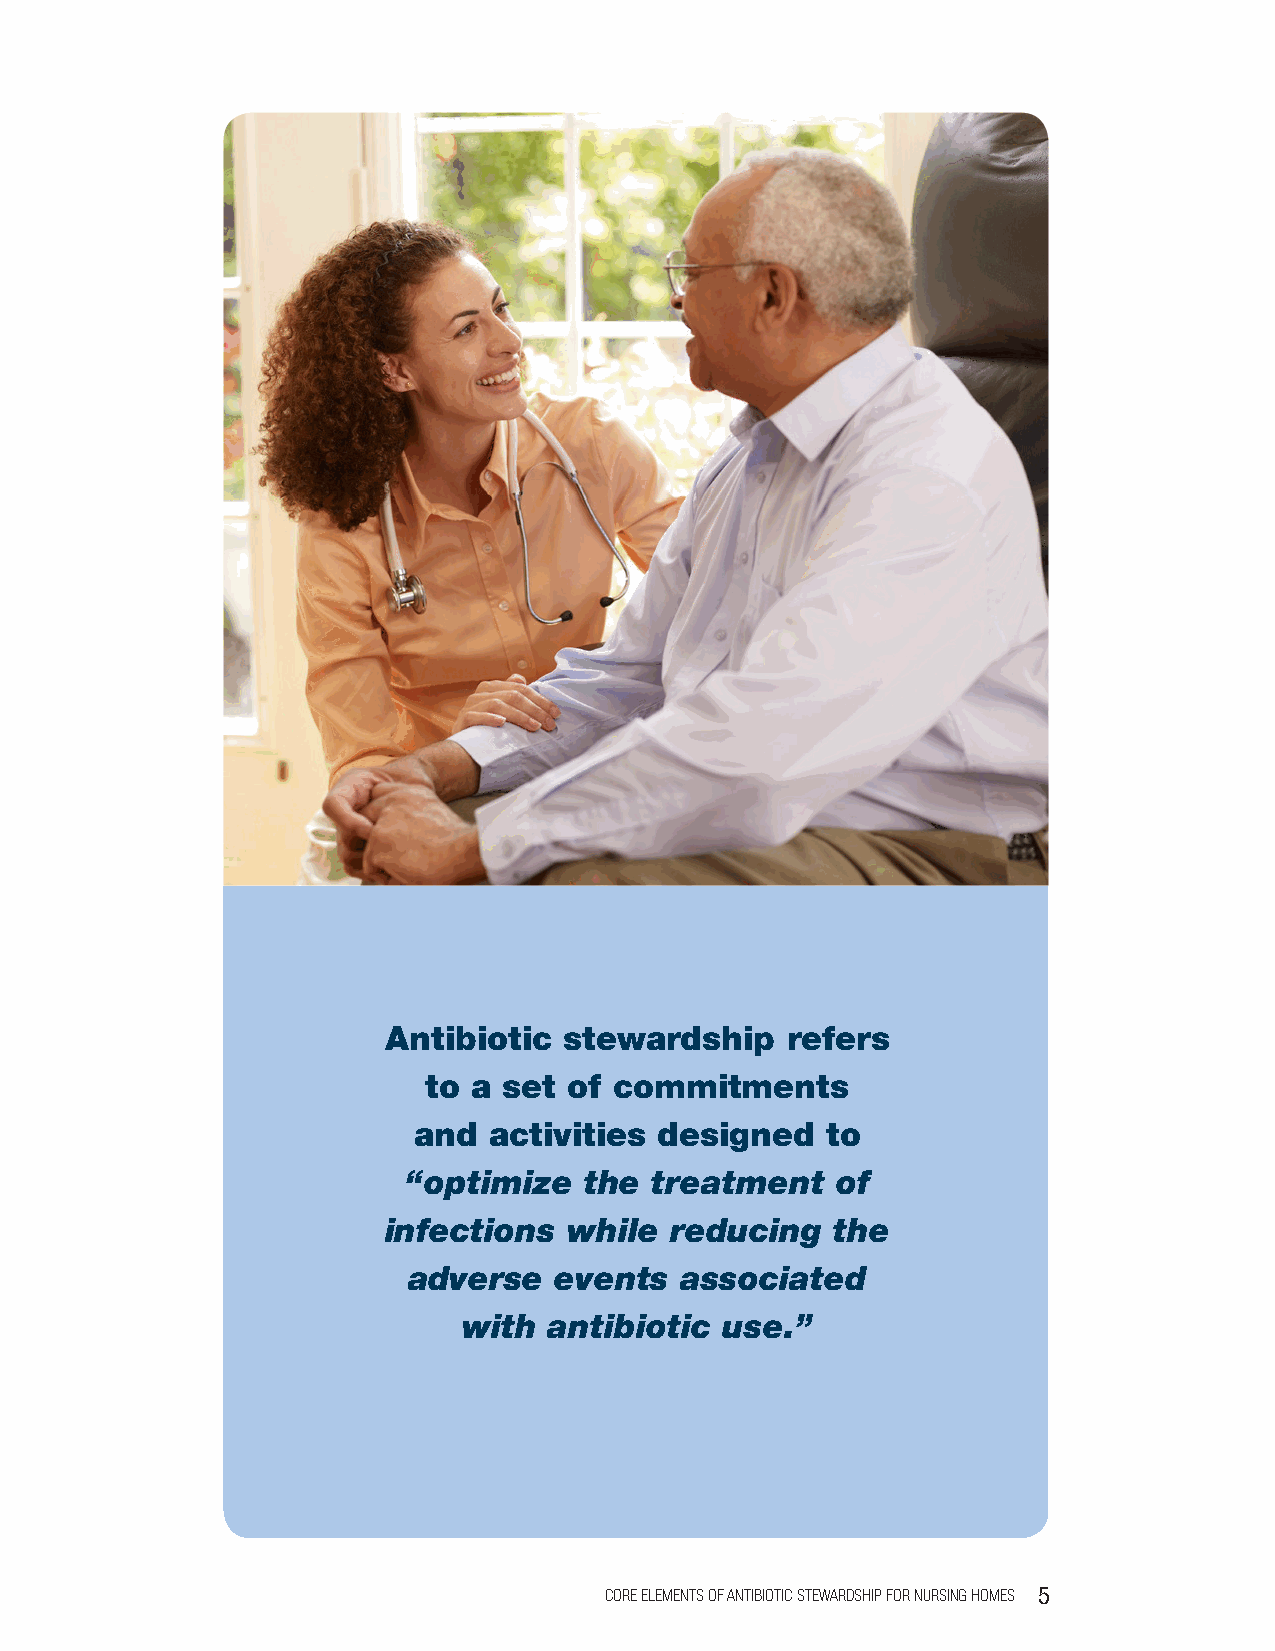
Antibiotic stewardship    refers
 to a set  of commitments
 and  activities  designed   to
 “optimize   the treatment   of
 infections   while reducing   the
 adverse   events  associated
 with antibiotic  use.”
 CORE ELEMENTS OF ANTIBIOTIC STEWARDSHIP FOR NURSING HOMES 5